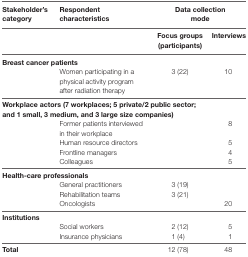
<table><thead><tr><td><b>Stakeholder’s category</b></td><td><b>Respondent characteristics</b></td><td colspan="2"><b>Data collection mode</b></td></tr><tr><td></td><td></td><td><b>Focus groups (participants)</b></td><td><b>Interviews</b></td></tr></thead><tbody><tr><td colspan="4"><b>Breast cancer patients</b></td></tr><tr><td></td><td>Women participating in a physical activity program after radiation therapy</td><td>3 (22)</td><td>10</td></tr><tr><td colspan="4"><b>Workplace actors (7 workplaces; 5 private/2 public sector; and 1 small, 3 medium, and 3 large size companies)</b></td></tr><tr><td></td><td>Former patients interviewed in their workplace</td><td></td><td>8</td></tr><tr><td></td><td>Human resource directors</td><td></td><td>5</td></tr><tr><td></td><td>Frontline managers</td><td></td><td>4</td></tr><tr><td></td><td>Colleagues</td><td></td><td>5</td></tr><tr><td colspan="4"><b>Health-care professionals</b></td></tr><tr><td></td><td>General practitioners</td><td>3 (19)</td><td></td></tr><tr><td></td><td>Rehabilitation teams</td><td>3 (21)</td><td></td></tr><tr><td></td><td>Oncologists</td><td></td><td>20</td></tr><tr><td colspan="4"><b>Institutions</b></td></tr><tr><td></td><td>Social workers</td><td>2 (12)</td><td>5</td></tr><tr><td></td><td>Insurance physicians</td><td>1 (4)</td><td>1</td></tr><tr><td><b>Total</b></td><td></td><td>12 (78)</td><td>48</td></tr></tbody></table>